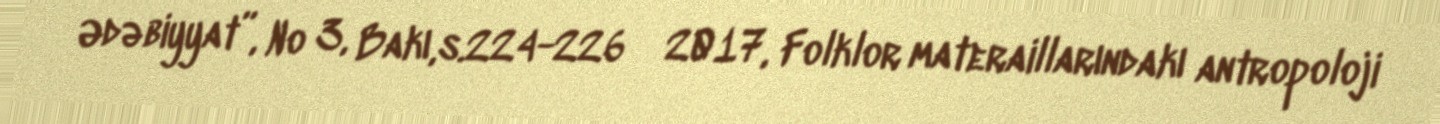
Ədəbiyyat”, № 3, Bakı,s.224-226  2017, Folklor materaillarındakı antropoloji